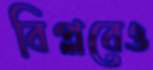
বিপ্লবেও